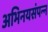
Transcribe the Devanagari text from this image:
अभिनयसंपन्‍न